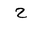
Letter: _ha